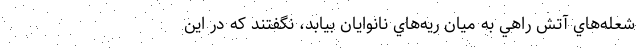
شعله‌هاي آتش راهي به ميان ريه‌هاي نانوايان بيابد، نگفتند كه در اين